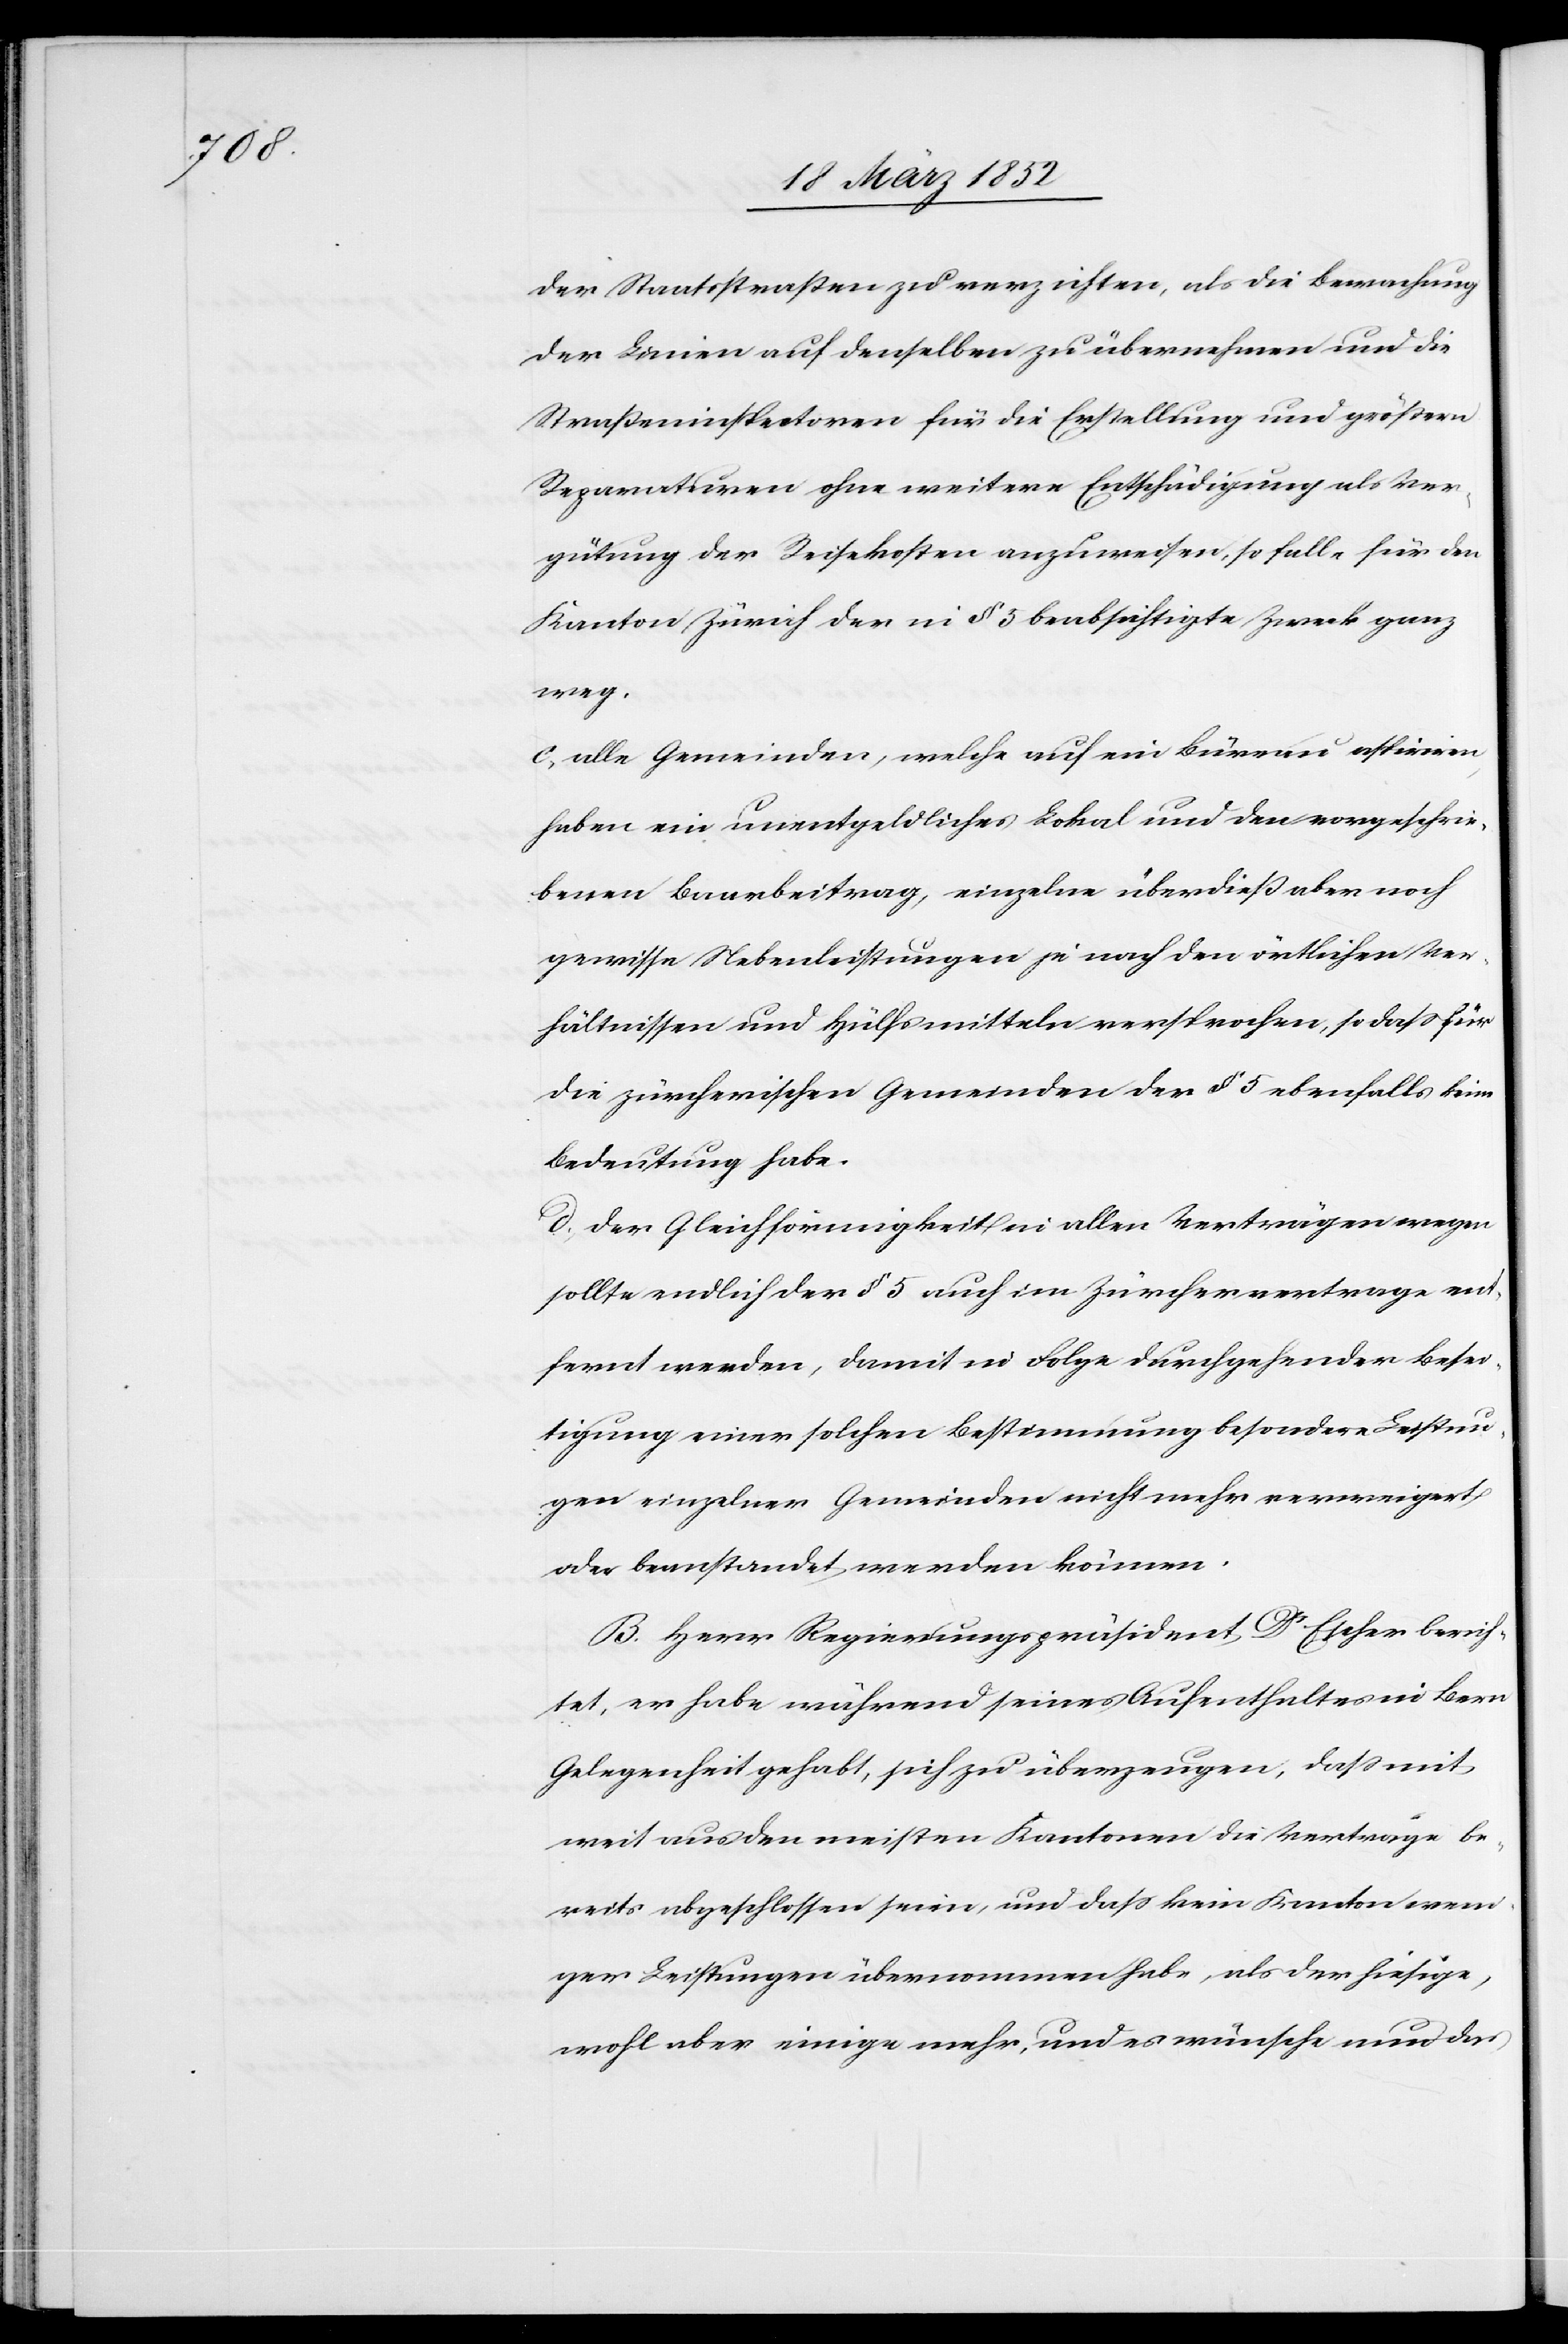
der Staatsstraßen zu verzichten, als die Bewahrung
der Linien auf denselben zu übernehmen und die
Straßeninspektoren für die Erstellung und größern
Reparaturen ohne weitere Entschädigung als Ver¬
gütung der Reisekosten anzuweisen, so falle für den
Kanton Zürich der in § 5 beabsichtigte Zweck ganz
weg.
c. Alle Gemeinden, welche auf ein Büreau aspiriren,
haben ein unentgeldliches Lokal und den vorgeschrie¬
benen Baarbeitrag, einzelne überdieß aber noch
gewisse Nebenleistungen je nach den örtlichen Ver¬
hältnissen und Hülfsmitteln versprochen, so daß für
die zürcherischen Gemeinden der § 5 ebenfalls keine
Bedeutung habe.
d. Der Gleichförmigkeit in allen Verträgen wegen
sollte endlich der § 5 auch im Zürchervertrage ent¬
fernt werden, damit in Folge durchgehender Besei¬
tigung einer solchen Bestimmung besondere Leistun¬
gen einzelner Gemeinden nicht mehr verweigert
oder beanstandet werden können.
B. Herr Regierungspräsident Dr Escher berich¬
tet, er habe während seines Aufenthaltes in Bern
Gelegenheit gehabt, sich zu überzeugen, daß mit
weit aus den meisten Kantonen die Verträge be¬
reits abgeschlossen seien, und daß kein Kanton wen¬
iger Leistungen übernommen habe, als der hiesige,
wohl aber einige mehr, und es wünsche nun das